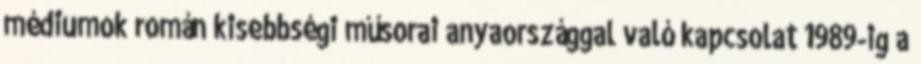
médiumok román kisebbségi műsorai anyaországgal való kapcsolat 1989-ig a